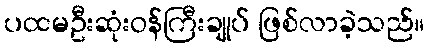
ပထမဦးဆုံးဝန်ကြီးချုပ် ဖြစ်လာခဲ့သည်။